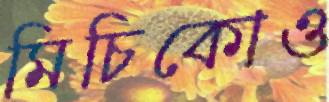
মিচিকোও